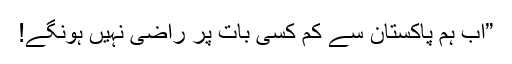
”اب ہم پاکستان سے کم کسی بات پر راضی نہیں ہونگے!